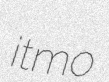
itmo